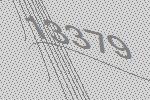
13379